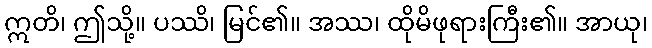
ဣတိ၊ ဤသို့။ ပဿိ၊ မြင်၏။ အဿ၊ ထိုမိဖုရားကြီး၏။ အာယု၊